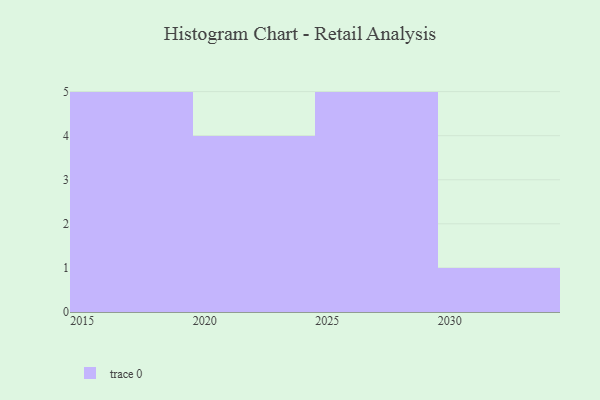
{"axis": {"x": "Year", "y": "Waste Production (Tons)"}, "legend": [""], "data": [{"x": "2022", "y": 100, "type": ""}, {"x": "2020", "y": 7, "type": ""}, {"x": "2021", "y": 81, "type": ""}, {"x": "2024", "y": 82, "type": ""}, {"x": "2015", "y": 58, "type": ""}, {"x": "2030", "y": 71, "type": ""}, {"x": "2027", "y": 7, "type": ""}, {"x": "2019", "y": 60, "type": ""}, {"x": "2025", "y": 7, "type": ""}, {"x": "2026", "y": 68, "type": ""}, {"x": "2029", "y": 31, "type": ""}, {"x": "2016", "y": 52, "type": ""}, {"x": "2018", "y": 36, "type": ""}, {"x": "2028", "y": 3, "type": ""}, {"x": "2017", "y": 62, "type": ""}]}